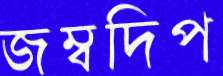
জম্বদিপ